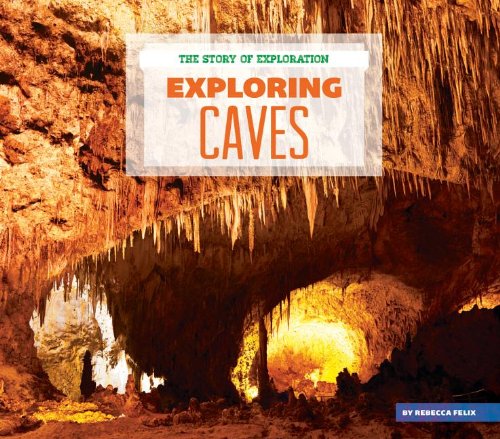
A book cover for Exploring Caves (The Story of Exploration); Rebecca Felix; Teen & Young Adult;